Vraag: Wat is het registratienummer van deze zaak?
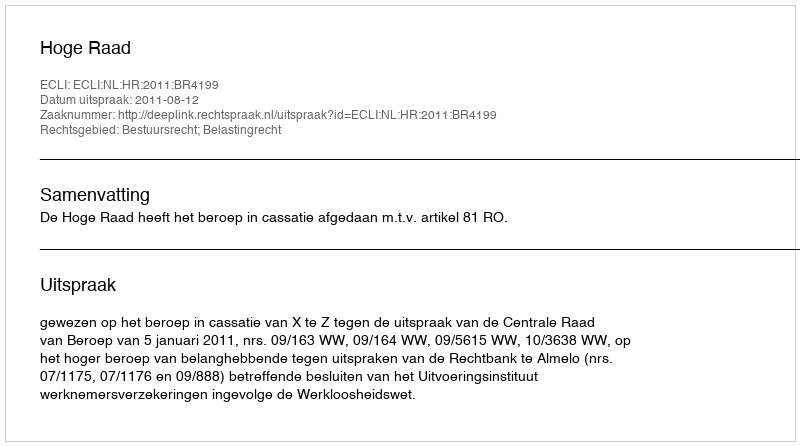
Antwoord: http://deeplink.rechtspraak.nl/uitspraak?id=ECLI:NL:HR:2011:BR4199